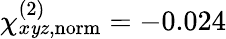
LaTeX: \chi_{x\mathit{y}z,\mathrm{{norm}}}^{(2)}=-0.024